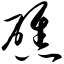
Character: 礁